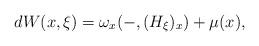
LaTeX: \begin{align*}dW(x,\xi) = \omega_x(-,(H_\xi)_x) + \mu(x),\end{align*}